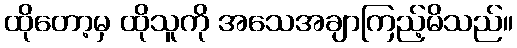
ထိုတော့မှ ထိုသူကို အသေအချာကြည့်မိသည်။